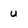
Character: u